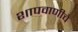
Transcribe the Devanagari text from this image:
शापवाणीचे